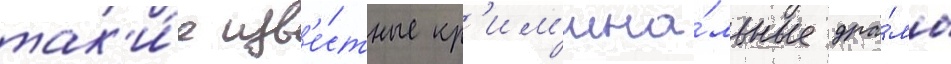
так'и́е изв'е́стные кр'им'ина́льные дра́мы